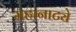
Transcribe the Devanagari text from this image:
महानाट्ये